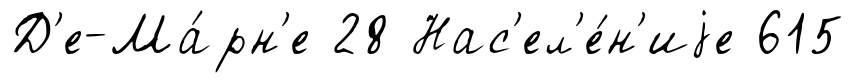
Д'е-Ма́рн'е 28 Нас'ел'е́н'иjе 615